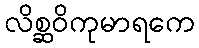
လိစ္ဆဝိကုမာရကေ